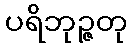
ပရိဘုဉ္ဇတု